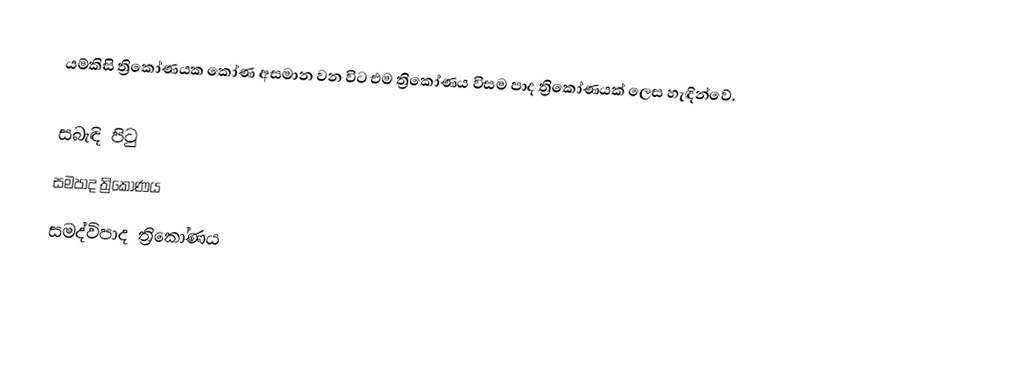
යම්කිසි ත්‍රිකෝණයක කෝණ අසමාන වන විට එම ත්‍රිකෝණය විසම පාද  ත්‍රිකෝණයක් ලෙස හැඳින්වේ.

සබැඳි පිටු
 සමපාද ත්‍රිකෝණය
 සමද්විපාද ත්‍රිකෝණය